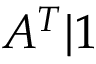
A ^ { T } | \boldsymbol 1